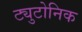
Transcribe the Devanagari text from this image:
ट्युटोनिक